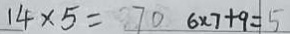
1 4 \times 5 = 7 0 6 \times 7 + 9 = 5